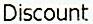
DISCOUNT